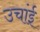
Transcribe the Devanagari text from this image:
उचांई